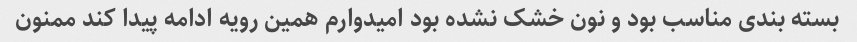
بسته بندی مناسب بود و نون خشک نشده بود امیدوارم همین رویه ادامه پیدا کند ممنون